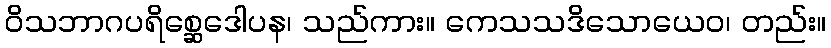
ဝိသဘာဂပရိစ္ဆေဒေါပန၊ သည်ကား။ ကေသသဒိသောယေဝ၊ တည်း။